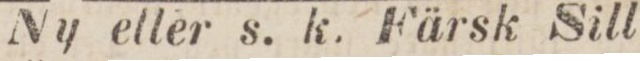
Ny eller s. k. Färsk Sill